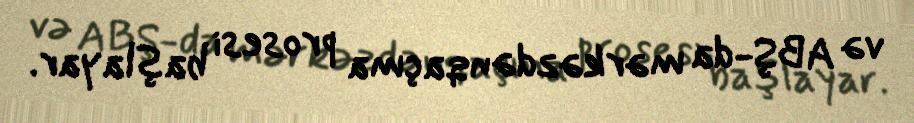
və ABŞ-da mərkəzdənqaçma prosesi başlayar.